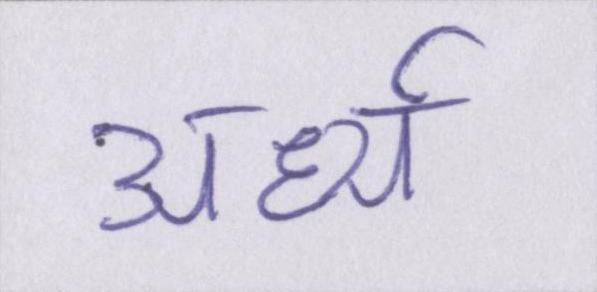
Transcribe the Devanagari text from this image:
अर्ध्य